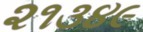
૨૧૩૪૯